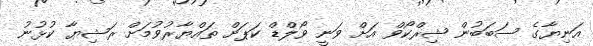
އަނިޔާގެ ސަބަބުން ޝިރްކޯވް އަށް ވަނީ ވޯލްޑް ކަޕަށް ތައްޔާރުވުމަށް ރަޝިޔާ ކުޅުނު